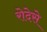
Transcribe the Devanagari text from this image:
रोदेसे